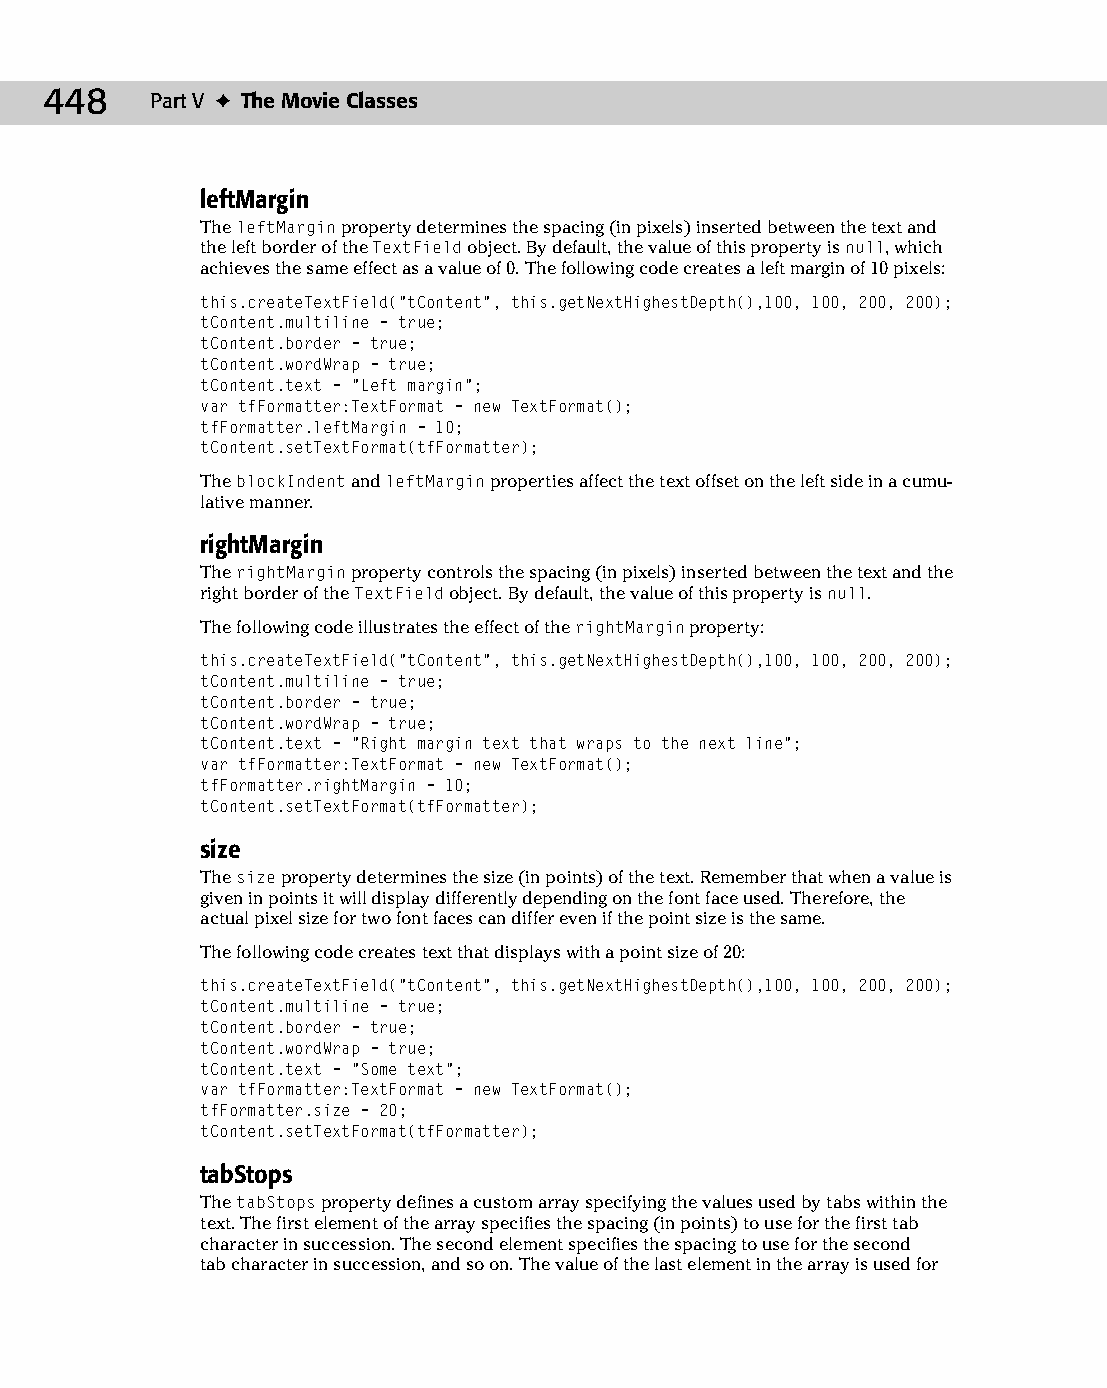
24 543547 ch18.qxd 3/24/04 4:10 PM Page 448
 448    Part V ✦ The Movie Classes
 leftMargin
 The leftMargin property determines the spacing (in pixels) inserted between the text and
 the left border of the TextField object. By default, the value of this property is null, which
 achieves the same effect as a value of 0. The following code creates a left margin of 10 pixels:
 this.createTextField(“tContent”, this.getNextHighestDepth(),100, 100, 200, 200);
 tContent.multiline = true;
 tContent.border = true;
 tContent.wordWrap = true;
 tContent.text = “Left margin”;
 var tfFormatter:TextFormat = new TextFormat();
 tfFormatter.leftMargin = 10;
 tContent.setTextFormat(tfFormatter);
 The blockIndent and leftMargin properties affect the text offset on the left side in a cumu­
 lative manner.
 rightMargin
 The rightMargin property controls the spacing (in pixels) inserted between the text and the
 right border of the TextField object. By default, the value of this property is null.
 The following code illustrates the effect of the rightMargin property:
 this.createTextField(“tContent”, this.getNextHighestDepth(),100, 100, 200, 200);
 tContent.multiline = true;
 tContent.border = true;
 tContent.wordWrap = true;
 tContent.text = “Right margin text that wraps to the next line”;
 var tfFormatter:TextFormat = new TextFormat();
 tfFormatter.rightMargin = 10;
 tContent.setTextFormat(tfFormatter);
 size
 The size property determines the size (in points) of the text. Remember that when a value is
 given in points it will display differently depending on the font face used. Therefore, the
 actual pixel size for two font faces can differ even if the point size is the same.
 The following code creates text that displays with a point size of 20:
 this.createTextField(“tContent”, this.getNextHighestDepth(),100, 100, 200, 200);
 tContent.multiline = true;
 tContent.border = true;
 tContent.wordWrap = true;
 tContent.text = “Some text”;
 var tfFormatter:TextFormat = new TextFormat();
 tfFormatter.size = 20;
 tContent.setTextFormat(tfFormatter);
 tabStops
 The tabStops property defines a custom array specifying the values used by tabs within the
 text. The first element of the array specifies the spacing (in points) to use for the first tab
 character in succession. The second element specifies the spacing to use for the second
 tab character in succession, and so on. The value of the last element in the array is used for